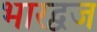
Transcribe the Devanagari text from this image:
भारद्वज